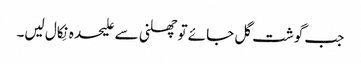
جب گوشت گل جائے تو چھلنی سے علیحدہ نِکال لیں۔